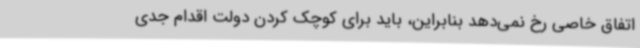
اتفاق خاصی رخ نمی‌دهد بنابراین، باید برای کوچک کردن دولت اقدام جدی